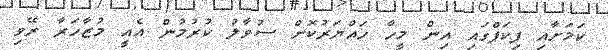
ކަމަށާއި ޕިކަޕްގައި އިން މީހާ ހައްޔަރުކޮށް ސުވާލު ކުރުމުން އެއީ މުޒާހަރާ ރޭވި